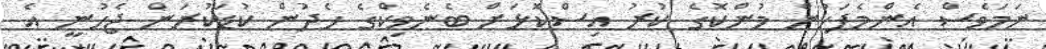
ނަމަވެސް އެންމެފަހުން މުންކޮގެ ކުރު އިސްކޮޅަށް ބެނެވިކްގެ ހެދުން ކުޑަކުރަން ޖެހުނީ އެ